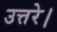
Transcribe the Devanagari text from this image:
उत्तरे।